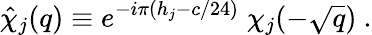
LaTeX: \hat{\chi}_{j}(q)\equiv e^{-i\pi(h_{j}-c/24)}\; \chi_{j}(-\sqrt{q})\ .